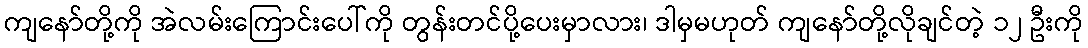
ကျနော်တို့ကို အဲလမ်းကြောင်းပေါ်ကို တွန်းတင်ပို့ပေးမှာလား၊ ဒါမှမဟုတ် ကျနော်တို့လိုချင်တဲ့ ၁၂ ဦးကို